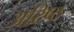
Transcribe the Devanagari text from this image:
अरिष्ठ